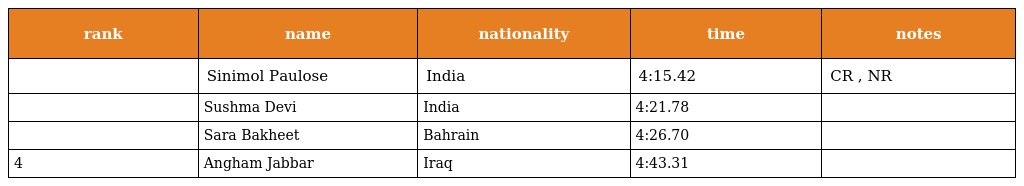
| rank | name | nationality | time | notes |
 | --- | --- | --- | --- | --- |
 |  | Sinimol Paulose | India | 4:15.42 | CR , NR |
 |  | Sushma Devi | India | 4:21.78 |  |
 |  | Sara Bakheet | Bahrain | 4:26.70 |  |
 | 4 | Angham Jabbar | Iraq | 4:43.31 |  |